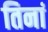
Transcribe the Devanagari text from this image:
तिनां